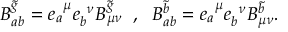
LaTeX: B _ { a b } ^ { \tilde { g } } = e _ { a } ^ { \; \; \mu } e _ { b } ^ { \; \; \nu } B _ { \mu \nu } ^ { \tilde { g } } \; \; , \; \; B _ { a b } ^ { \tilde { b } } = e _ { a } ^ { \; \; \mu } e _ { b } ^ { \; \; \nu } B _ { \mu \nu } ^ { \tilde { b } } .